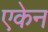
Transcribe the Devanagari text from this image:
एकेन